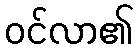
ဝင်လာ၏